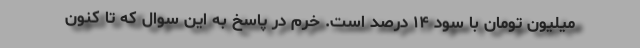
میلیون تومان با سود ۱۴ درصد است. خرم در پاسخ به این سوال که تا کنون